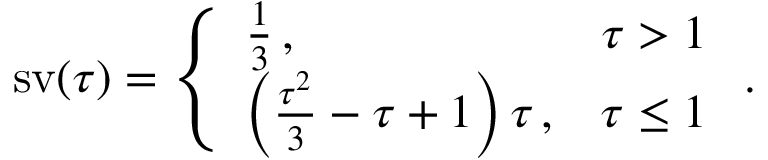
\operatorname { s v } ( \tau ) = \left\{ \begin{array} { l l } { \frac 1 3 \, , } & { \tau > 1 } \\ { \left( \frac { \tau ^ { 2 } } { 3 } - \tau + 1 \right) \tau \, , } & { \tau \leq 1 } \end{array} \right. .